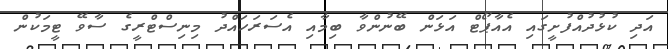
އަދި ކުޅުދުއްފުށީގައި އެއާޕޯޓް އަޅަން ބޭނުންވާ ބިމާއި އެސަރަހައްދު މިނިސްޓްރީގެ ސާވޭ ޓީމަކުން